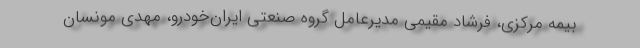
بیمه مرکزی، فرشاد مقیمی مدیرعامل گروه صنعتی ایران‌خودرو، مهدی مونسان